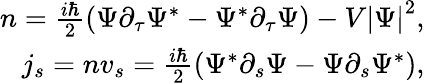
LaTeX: \begin{array}{r}{n={\frac{i\hbar}{2}}{\left(\Psi\partial_{\tau}\Psi^{\ast}-\Psi^{\ast}\partial_{\tau}\Psi\right)}-V{\left|\Psi\right|}^{2},}\\ {j_{s}=nv_{s}={\frac{i\hbar}{2}}{\left(\Psi^{\ast}\partial_{s}\Psi-\Psi\partial_{s}\Psi^{\ast}\right)},}\end{array}